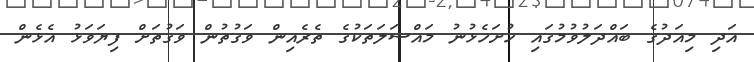
އަދި މިއަދުގެ ބައްދަލުވުމުގައި ހުށަހެޅުނު މައްސަލަތަކުގެ ތެރެއިން ވަގުތުން ވަގުތަށް ފިޔަވަޅު އެޅެން